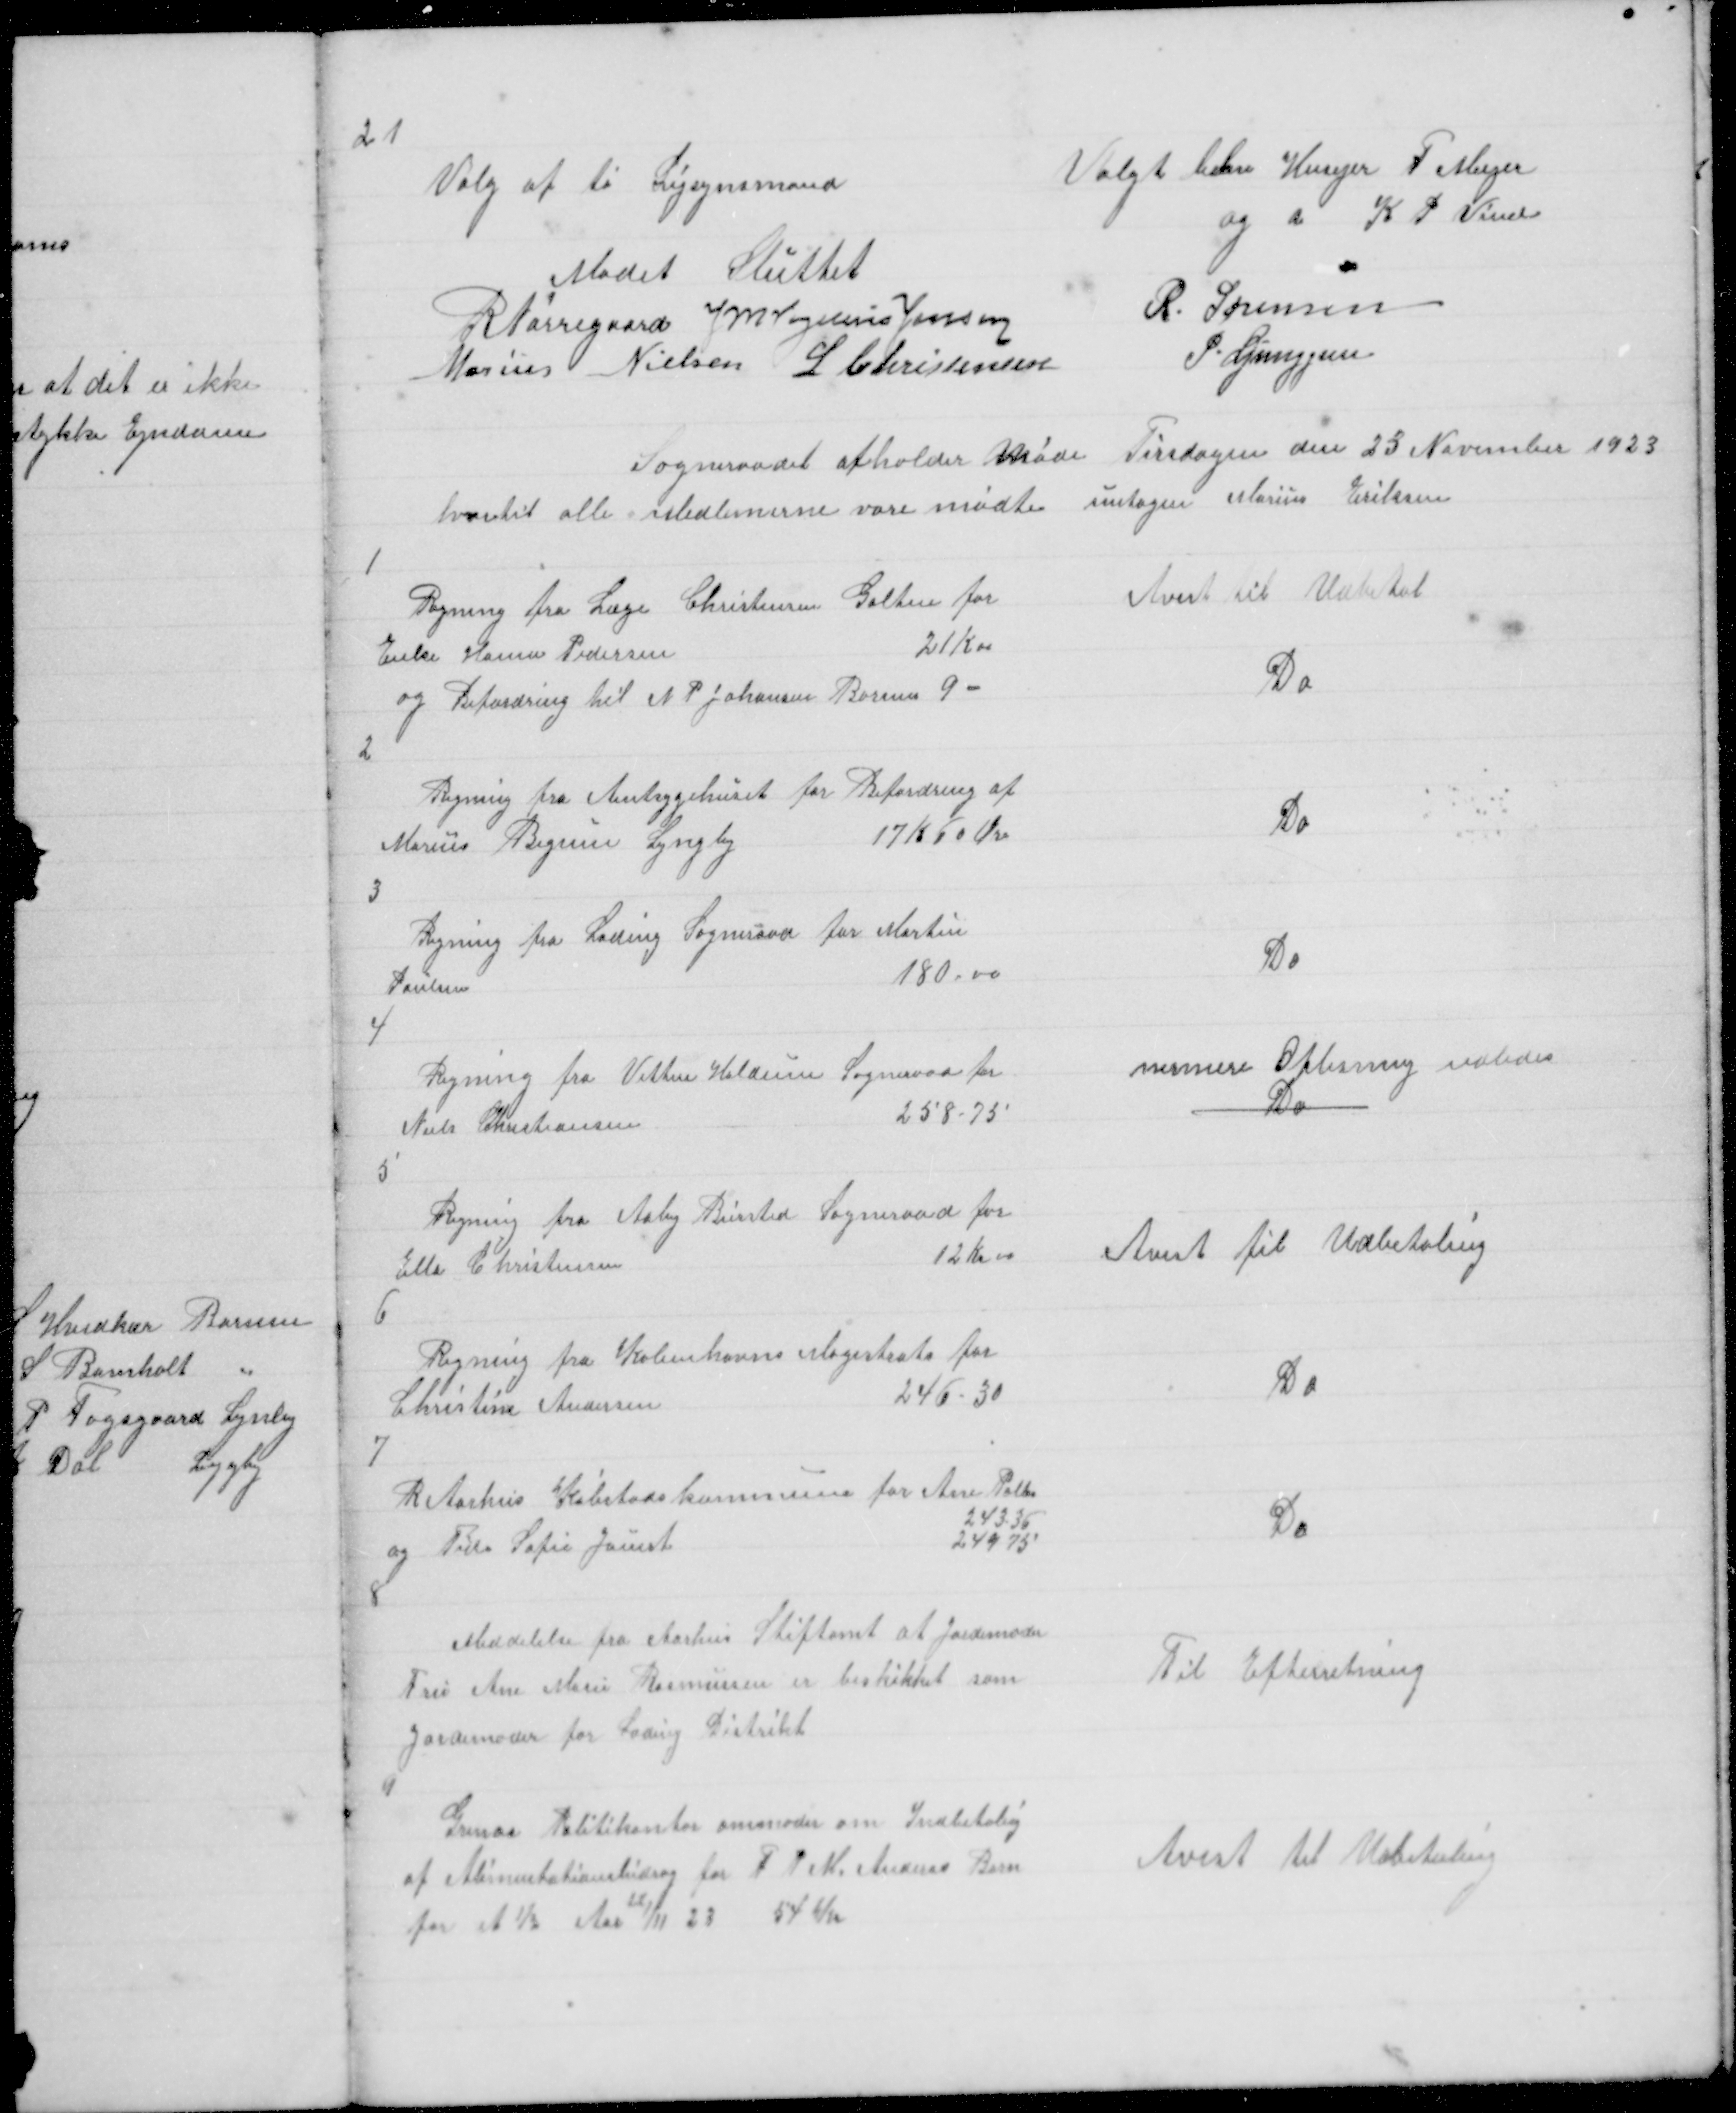
Transskription:
21

Valg af to Ligsynsmand

Valgt blev Husejer F Meyer
og d K P Vind

Mødet Sluttet
R Nørregaard J M Vogelius Jensen
Marius Nielsen L Christensen

R. Sørensen
P. Ljunggren

Sogneraadet afholder Møde Tirsdagen den 25 November 1923
hvortil alle Medlemerne vare mødte untagen Marius Eriksen

1
Regning fra Læge Christensen Galten for
Enke Hanne Pedersen
21 Kr

Avist til Udbetal

og Befordring til N P Johansen Borum 9 -

Do

2
Regning fra Amtsygehuset for Befordring af
Marius Bigum Lyngby
17 K 60 Øre

Do

3

Regning fra Lading Sogneraad for Martin
Poulsen
180.00

Do

4

Regning fra Vithen Haldum Sogneraad for
Niels Christiansen
258.75

nermere Oplisning udbedes
Do

5

Regning fra Aaby Biersted Sogneraad for
Ella Christensen
12 Kr 00

Avist til Udbetaling

6

Regning fra Københavns Magistrats for
Christine Andersen
246.30

Do

7

R Aarhus Købstadskommune for Ane Palles
243.36
og Tide Sofie Jauert
249 75

Do

8

Meddelelse fra Aarhus Stiftamt at Jordemoder
Fru Ane Marie Rasmussen er beskikket som
Jordemoder for Lading Distrikt

Til Efterretning

4
Grenaa Politikontor anmoder om Indbetalig
af Alimentationsbidrag for F P M Anders Barn
for et ½ Aar  1/11 23 
54 Kr

Avist til Udbetaling